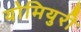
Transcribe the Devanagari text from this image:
योमियुरी